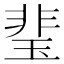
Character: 㻗